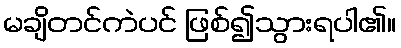
မချိတင်ကဲပင် ဖြစ်၍သွားရပါ၏။